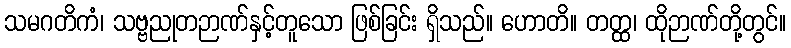
သမဂတိကံ၊ သဗ္ဗညုတဉာဏ်နှင့်တူသော ဖြစ်ခြင်း ရှိသည်။ ဟောတိ။ တတ္ထ၊ ထိုဉာဏ်တို့တွင်။